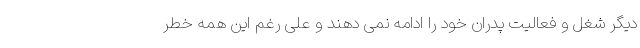
دیگر شغل و فعالیت پدران خود را ادامه نمی دهند و علی رغم این همه خطر